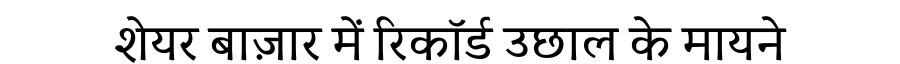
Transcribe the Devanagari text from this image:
शेयर बाज़ार में रिकॉर्ड उछाल के मायने